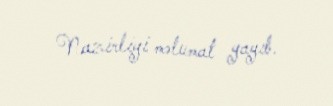
Nazirliyi məlumat yayıb.